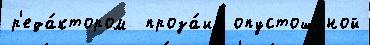
р'еда́ктором  проза́ик опустош́нной